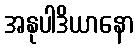
အနုပါဒိယာနော